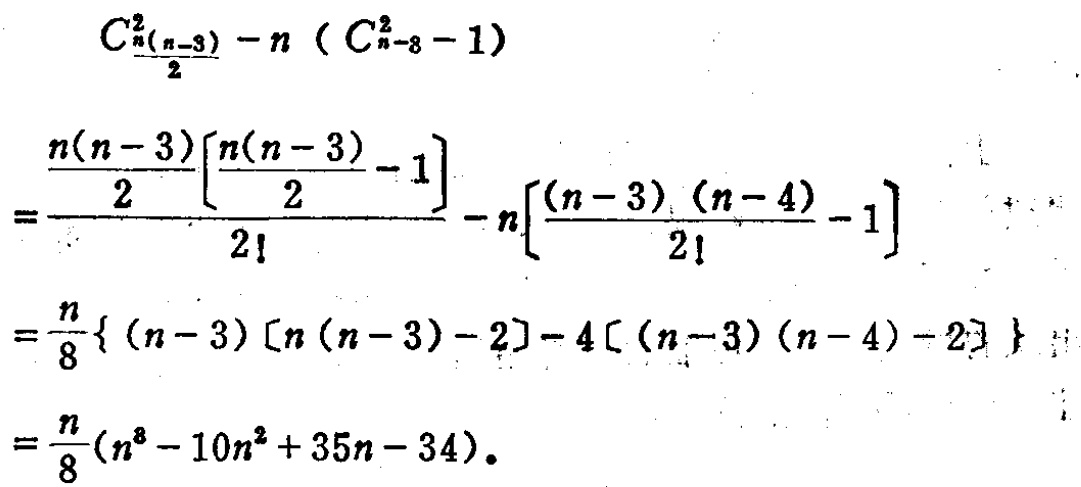
\[
\begin{align*}
&\frac{C_{\frac{n(n - 3)}{2}}^{2}-n\left(C_{n - 3}^{2}-1\right)}{}\\
=&\frac{\frac{\frac{n(n - 3)}{2}\left[\frac{n(n - 3)}{2}-1\right]}{2!}-n\left[\frac{(n - 3)(n - 4)}{2!}-1\right]}{}\\
=&\frac{n}{8}\{(n - 3)[n(n - 3)-2]-4[(n - 3)(n - 4)-2]\}\\
=&\frac{n}{8}(n^{3}-10n^{2}+35n - 34)
\end{align*}
\]